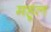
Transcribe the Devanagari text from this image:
महूल